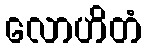
လောဟိတံ